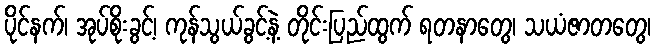
ပိုင်နက်၊ အုပ်စိုးခွင့်၊ ကုန်သွယ်ခွင့်နဲ့ တိုင်းပြည်ထွက် ရတနာတွေ၊ သယံဇာတတွေ၊